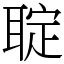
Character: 聢